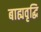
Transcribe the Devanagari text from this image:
बाह्यवृद्धि